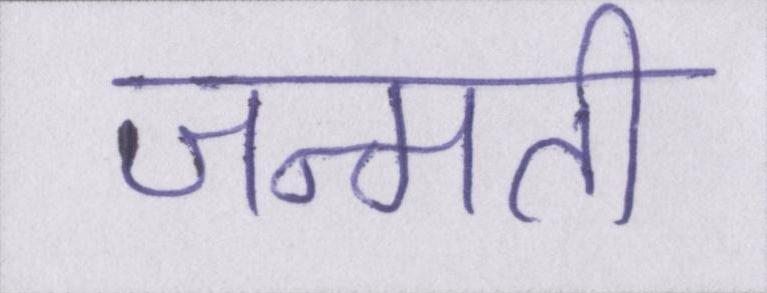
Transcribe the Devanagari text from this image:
जन्मती